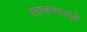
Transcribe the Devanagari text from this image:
सांगकाम्यामुळे